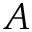
A